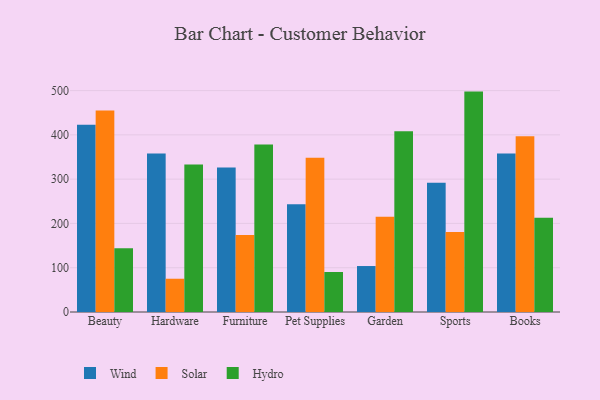
{"axis": {"x": "Category", "y": "Headcount"}, "legend": ["Hydro", "Solar", "Wind"], "data": [{"x": "Beauty", "y": 422.6, "type": "Wind"}, {"x": "Beauty", "y": 455.3, "type": "Solar"}, {"x": "Beauty", "y": 144.0, "type": "Hydro"}, {"x": "Hardware", "y": 358.1, "type": "Wind"}, {"x": "Hardware", "y": 75.1, "type": "Solar"}, {"x": "Hardware", "y": 333.1, "type": "Hydro"}, {"x": "Furniture", "y": 326.3, "type": "Wind"}, {"x": "Furniture", "y": 173.6, "type": "Solar"}, {"x": "Furniture", "y": 378.0, "type": "Hydro"}, {"x": "Pet Supplies", "y": 243.2, "type": "Wind"}, {"x": "Pet Supplies", "y": 348.4, "type": "Solar"}, {"x": "Pet Supplies", "y": 90.4, "type": "Hydro"}, {"x": "Garden", "y": 103.8, "type": "Wind"}, {"x": "Garden", "y": 215.1, "type": "Solar"}, {"x": "Garden", "y": 408.3, "type": "Hydro"}, {"x": "Sports", "y": 292.1, "type": "Wind"}, {"x": "Sports", "y": 180.5, "type": "Solar"}, {"x": "Sports", "y": 497.7, "type": "Hydro"}, {"x": "Books", "y": 358.0, "type": "Wind"}, {"x": "Books", "y": 397.1, "type": "Solar"}, {"x": "Books", "y": 212.6, "type": "Hydro"}]}